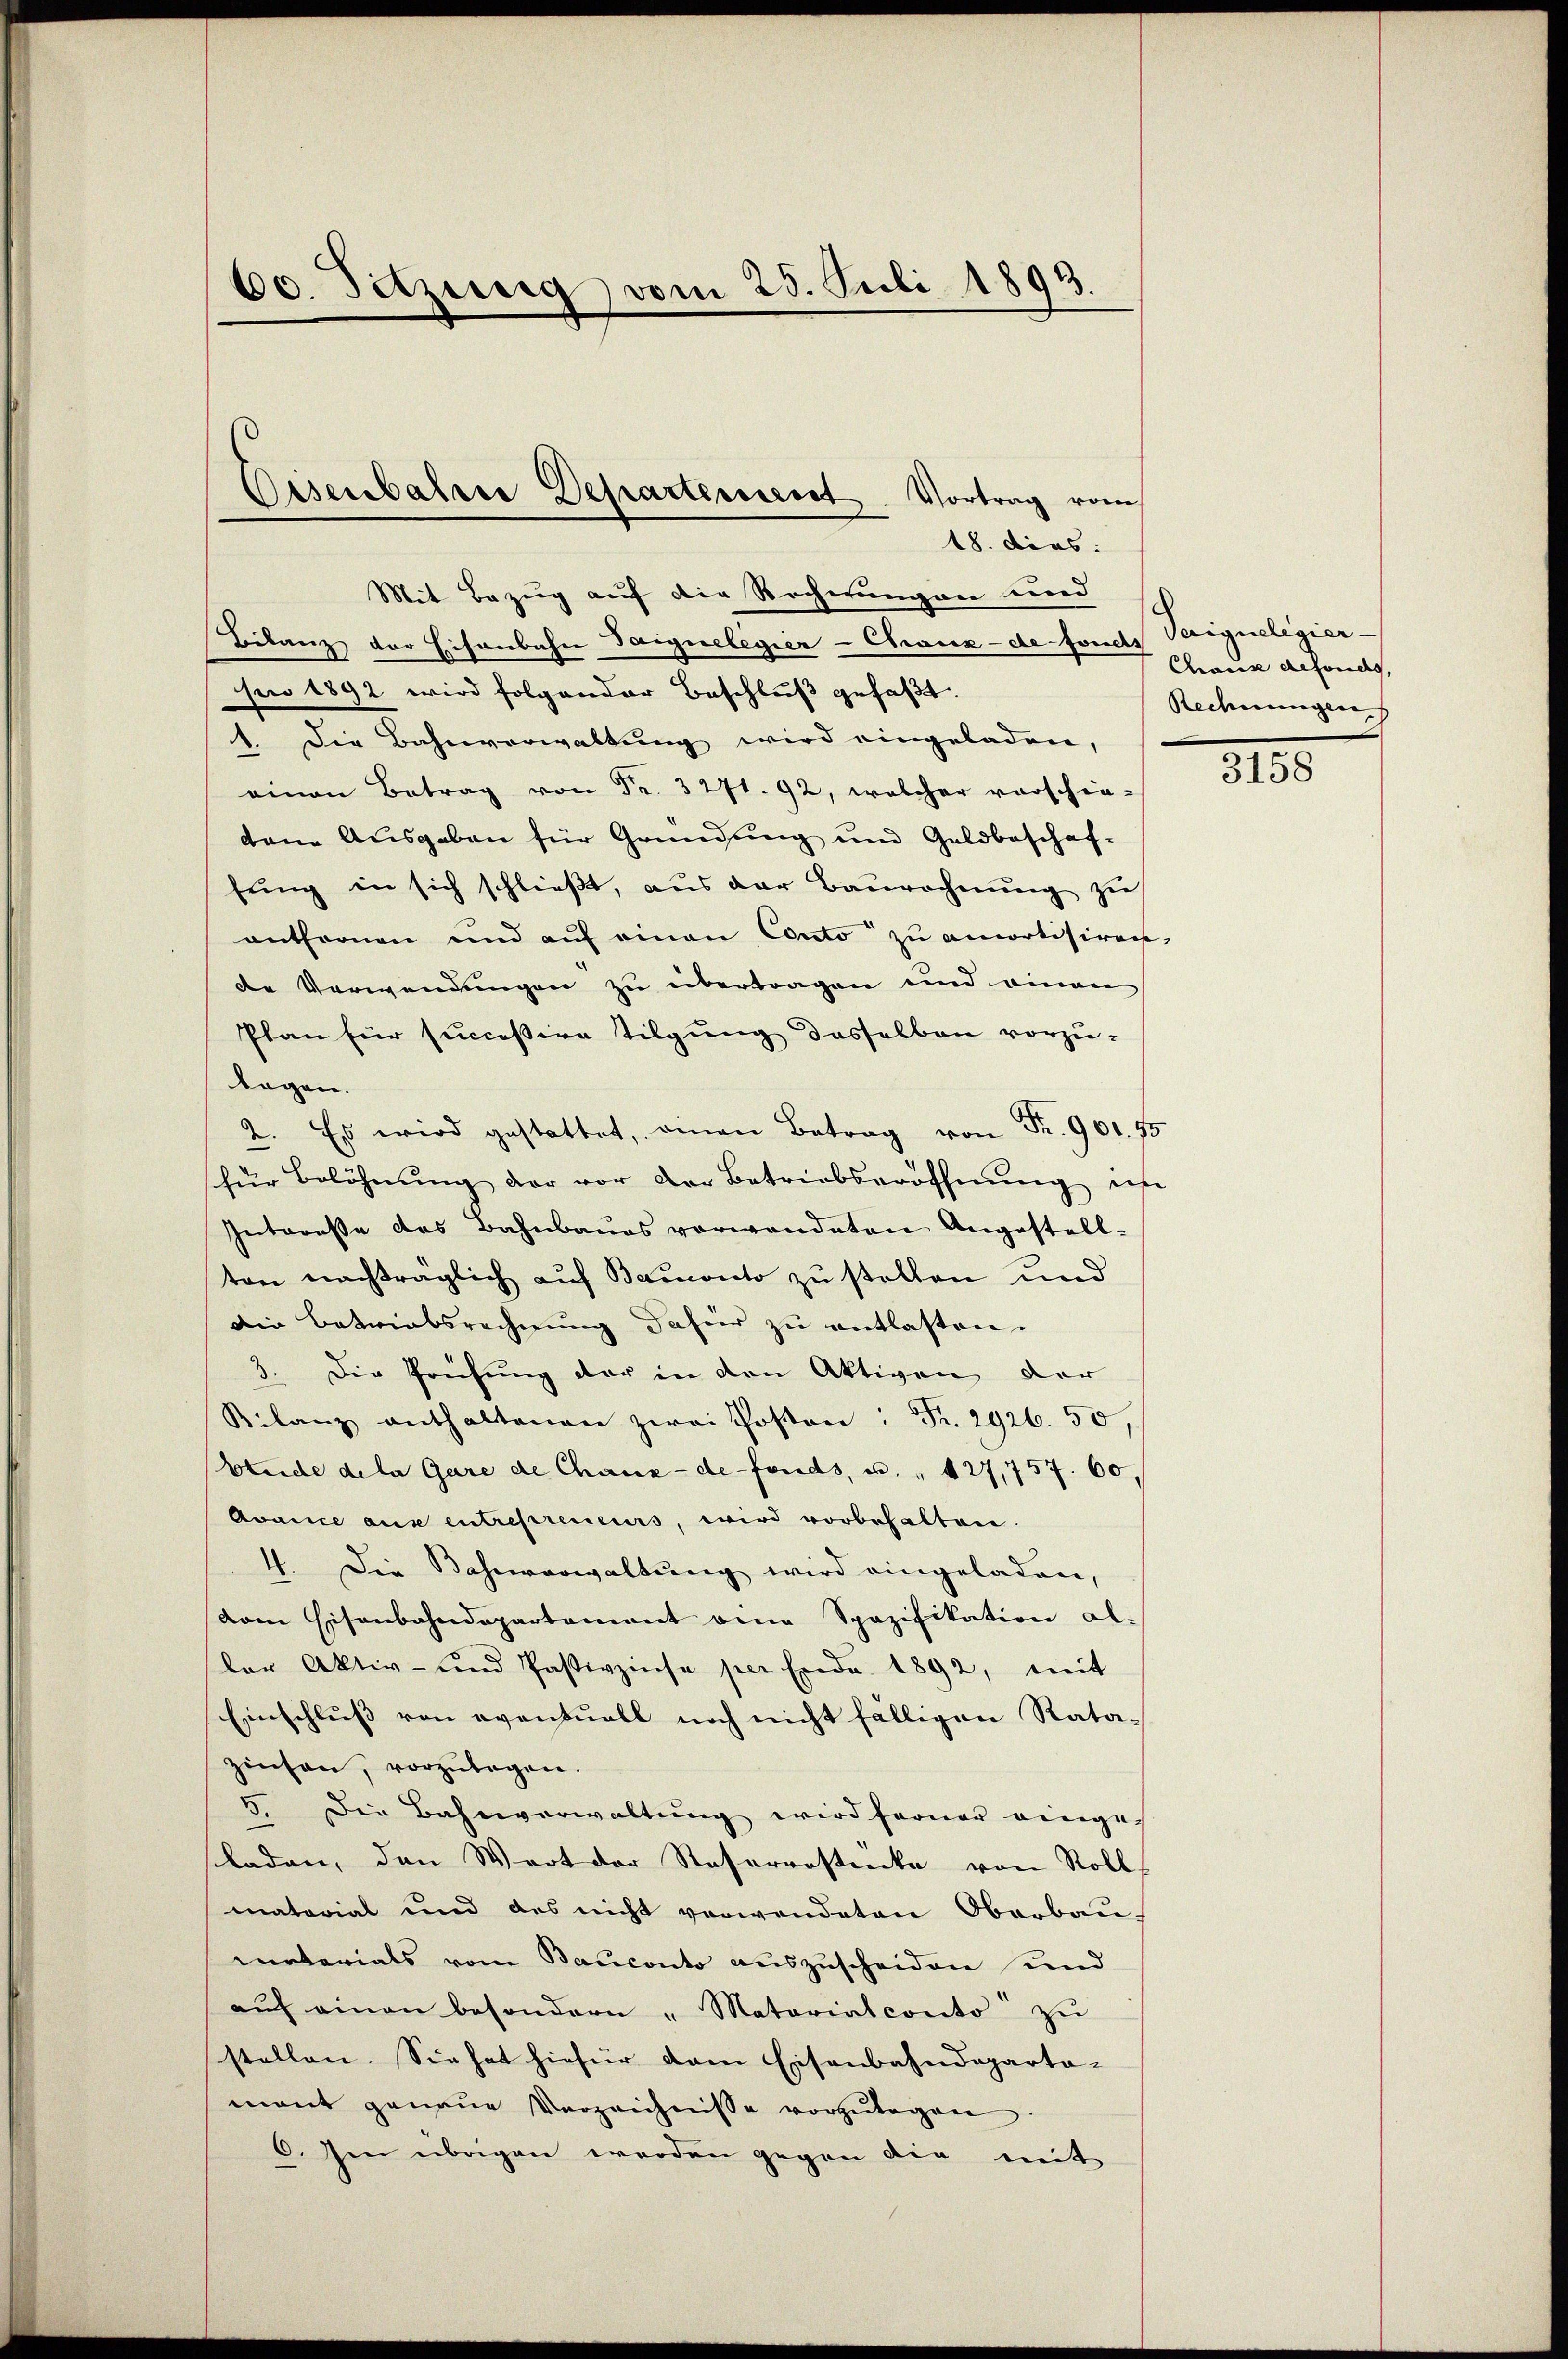
Mit Bezug auf die Recherungen und sch
Bilanz der Eisenbahn Taignelegier-Chaux-de foncts Parqueligier-
pro 1892 wird folgender Beschluß gefaßt.
1. Die Bahnverwaltung wird eingeladen,
ainen Betrag von Fr. 3271. 92, welcher vorschie-
dene Ausgaben für Gründung und Geldbeschaf-
fŭng in sich schlieβt, aŭs der Baŭrechnŭng zu
antfernen und aŭf einen Conto zu amortisiren,
de Verwendungen zu übertragen und einen
Plan für successive Tilgung desselben vorzu-
legen.
2. Es wird gestattet, einen Betrag von Fr. 901. 75
für Belöhnŭng der vor der Betriebseröffnŭng erse
Interesse des Bahnbaues verwendeten Angestell-
ton nachträglich auf Bamonto zu stellen und
Die Betriebsrechnung dafür zu entlasten.
3. Die Prüfung der in den Aktiven der
Silanz enthaltenen zwei Posten: Fr. 2926. 50,
Etude dela Gare de Chaux-de-Fonds, u. 127,757. 60.
Avance aus entrepreneurs, wird vorbehalten.
4. Die Bahnwerwaltung wird eingeladen,
vom Eisenbahndepartement eine Spazifikation al-
ler Aktiv- und Passivzinse per Erde. 1892, mit
Einschluss von eventuell noch nicht fälligen Rata-
zinsen, vorzulegen.
5. Die Bahnverwaltŭng wird ferner eingesladen, den Wort der Resererstücke von Roll
matorial und des nicht verwendeten Oberbau-
materials vom Bauconto auszuscheiden und
aŭf einen besondere "Matariatconto zŭ
stellen. Sie hat hiefür dem Eisenbahndeparta-
mant genaue Verzeichnisse vorzŭlegen
6. Im übrigen werden gegen die mit

60. Fitzinnig vom 25. Juli 1894.

Oisenbalsse Departerniert. Vortrag vom
18. dies

Chause defonds,
Rechnungen

1165